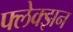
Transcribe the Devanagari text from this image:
फ्लेक्झन